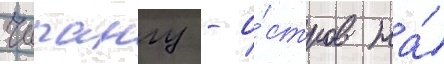
Чипангу - о́стров на́